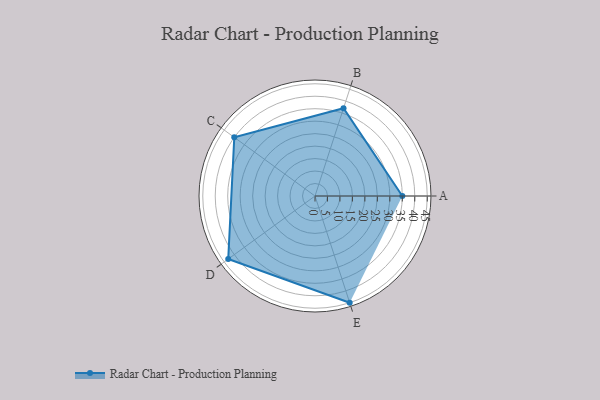
{"axis": {"x": "Skill", "y": "Score"}, "legend": ["Profile"], "data": [{"x": "A", "y": 35.0, "type": "Profile"}, {"x": "B", "y": 37.0, "type": "Profile"}, {"x": "C", "y": 40.0, "type": "Profile"}, {"x": "D", "y": 43.0, "type": "Profile"}, {"x": "E", "y": 45.0, "type": "Profile"}]}